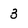
Character: 3